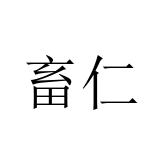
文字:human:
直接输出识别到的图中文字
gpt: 畜仁